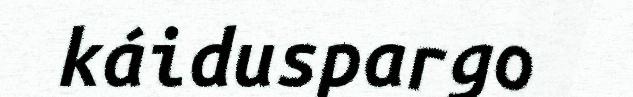
káiduspargo